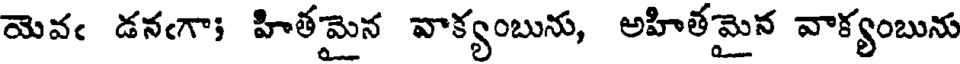
యెవఁ డనఁగా; హితమైన వాక్యంబును, అహితమైన వాక్యంబును